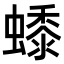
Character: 𧑓